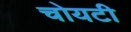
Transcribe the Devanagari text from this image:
चोयटी